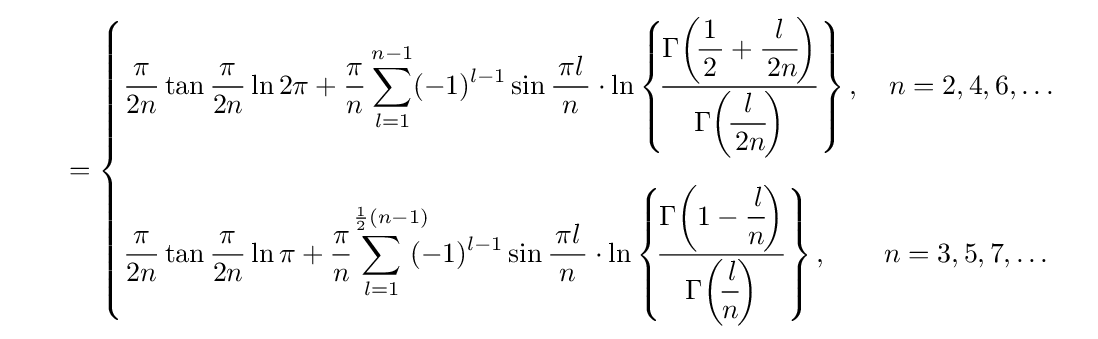
\qquad ={\begin{cases}\displaystyle {\frac {\,\pi \,}{2n}}\tan {\frac {\,\pi \,}{2n}}\ln 2\pi +{\frac {\pi }{n}}\sum _{l=1}^{n-1}(-1)^{l-1}\sin {\frac {\,\pi l\,}{n}}\cdot \ln \left\{\!{\frac {\Gamma \!\left(\!\displaystyle {\frac {1}{\,2\,}}+\displaystyle {\frac {l}{\,2n}}\!\right)}{\Gamma \!\left(\!\displaystyle {\frac {l}{\,2n}}\!\right)}}\right\},\quad n=2,4,6,\ldots \\[10mm]\displaystyle {\frac {\,\pi \,}{2n}}\tan {\frac {\,\pi \,}{2n}}\ln \pi +{\frac {\pi }{n}}\!\!\!\!\!\sum _{l=1}^{\;\;\;{\frac {1}{2}}(n-1)}\!\!\!\!(-1)^{l-1}\sin {\frac {\,\pi l\,}{n}}\cdot \ln \left\{\!{\frac {\Gamma \!\left(1-\displaystyle {\frac {\,l}{n}}\!\right)}{\Gamma \!\left(\!\displaystyle {\frac {\,l}{n}}\!\right)}}\right\},\qquad n=3,5,7,\ldots \end{cases}}